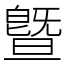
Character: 曁